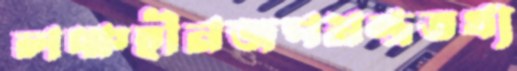
লক্ষহীনজপমন্ত্রতথ্য